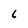
Character: 6